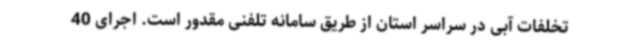
تخلفات آبی در سراسر استان از طریق سامانه تلفنی مقدور است. اجرای 40